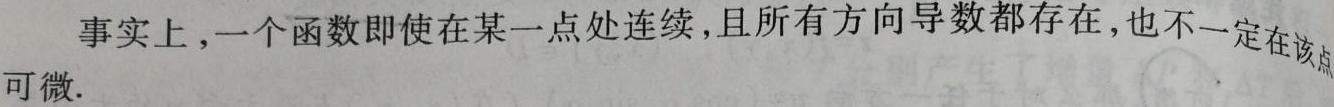
事实上，一个函数即使在某一点处连续，且所有方向导数都存在，也不一定在该点可微.